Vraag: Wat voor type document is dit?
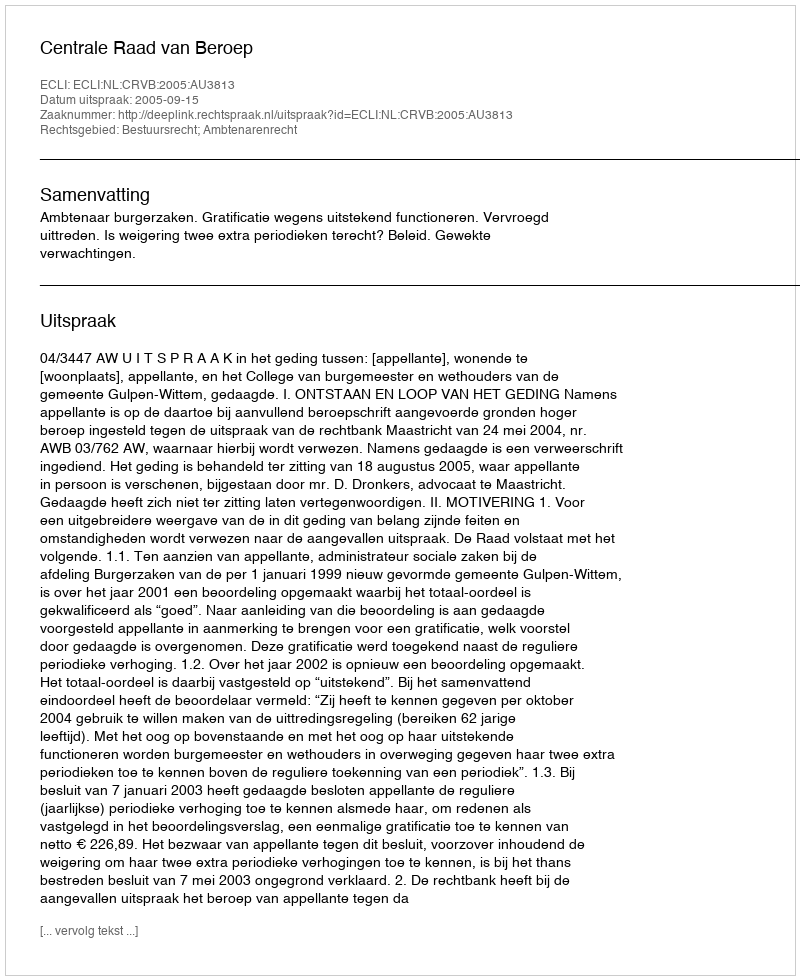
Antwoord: Uitspraak